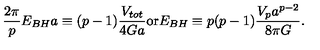
{ \frac { 2 \pi } { p } } E _ { B H } a \equiv ( p - 1 ) { \frac { V _ { t o t } } { 4 G a } } \mathrm { o r } E _ { B H } \equiv p ( p - 1 ) { \frac { V _ { p } a ^ { p - 2 } } { 8 \pi G } } .